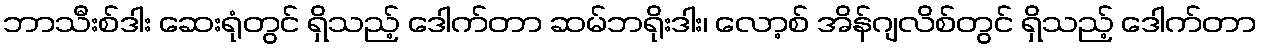
ဘာသီးစ်ဒါး ဆေးရုံတွင် ရှိသည့် ဒေါက်တာ ဆမ်ဘရိုးဒါး၊ လော့စ် အိန်ဂျလိစ်တွင် ရှိသည့် ဒေါက်တာ